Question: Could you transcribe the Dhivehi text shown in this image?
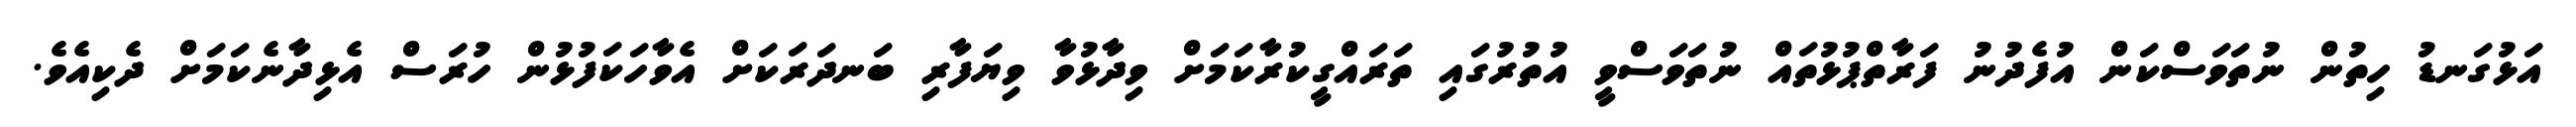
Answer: އަޅުގަނޑު ހިތުން ނުތަވަސްކަން އުފެދުނު ފަރާތްޕުޅުތައް ނުތަވަސްވީ އުތުރުގައި ތަރައްގީކުރާކަމަށް ވިދާޅުވާ ވިޔަފާރި ބަނދަރަކަށް އެވާހަކަފުޅުން ހުރަސް އެޅިދާނެކަމަށް ދެކިއެވެ.